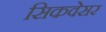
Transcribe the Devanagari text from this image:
सिकवेसर